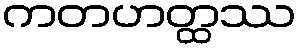
ကတဟတ္ထဿ